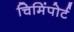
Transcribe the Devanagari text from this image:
चिमिंपोर्ट